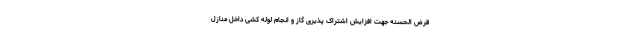
قرض الحسنه جهت افزایش اشتراک پذیری گاز و انجام لوله کشی داخل منازل